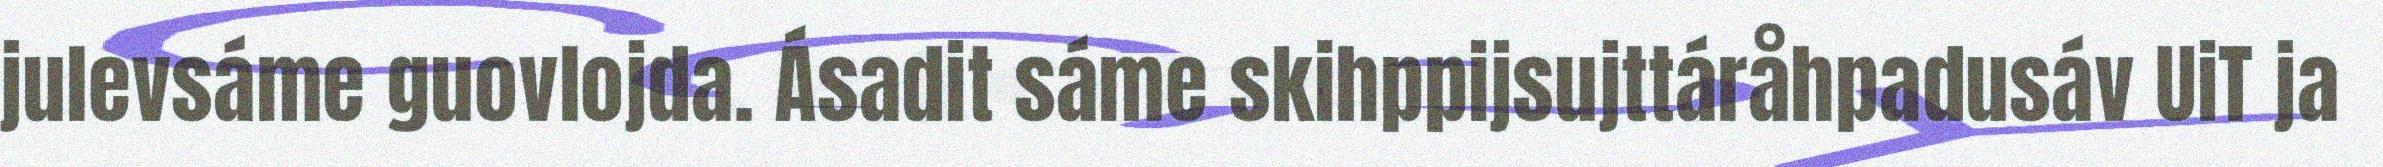
julevsáme guovlojda. Ásadit sáme skihppijsujttáråhpadusáv UiT ja